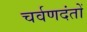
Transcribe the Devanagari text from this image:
चर्वणदंतों